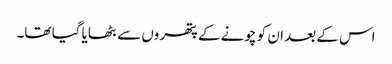
اس کے بعد ان کو چونے کے پتھروں سے بٹھایا گیا تھا۔